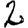
Digit: 2